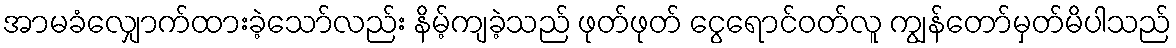
အာမခံလျှောက်ထားခဲ့သော်လည်း နိမ့်ကျခဲ့သည် ဖုတ်ဖုတ် ငွေရောင်ဝတ်လူ ကျွန်တော်မှတ်မိပါသည်